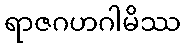
ရာဇဂဟဂါမိဿ